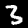
Digit: 3